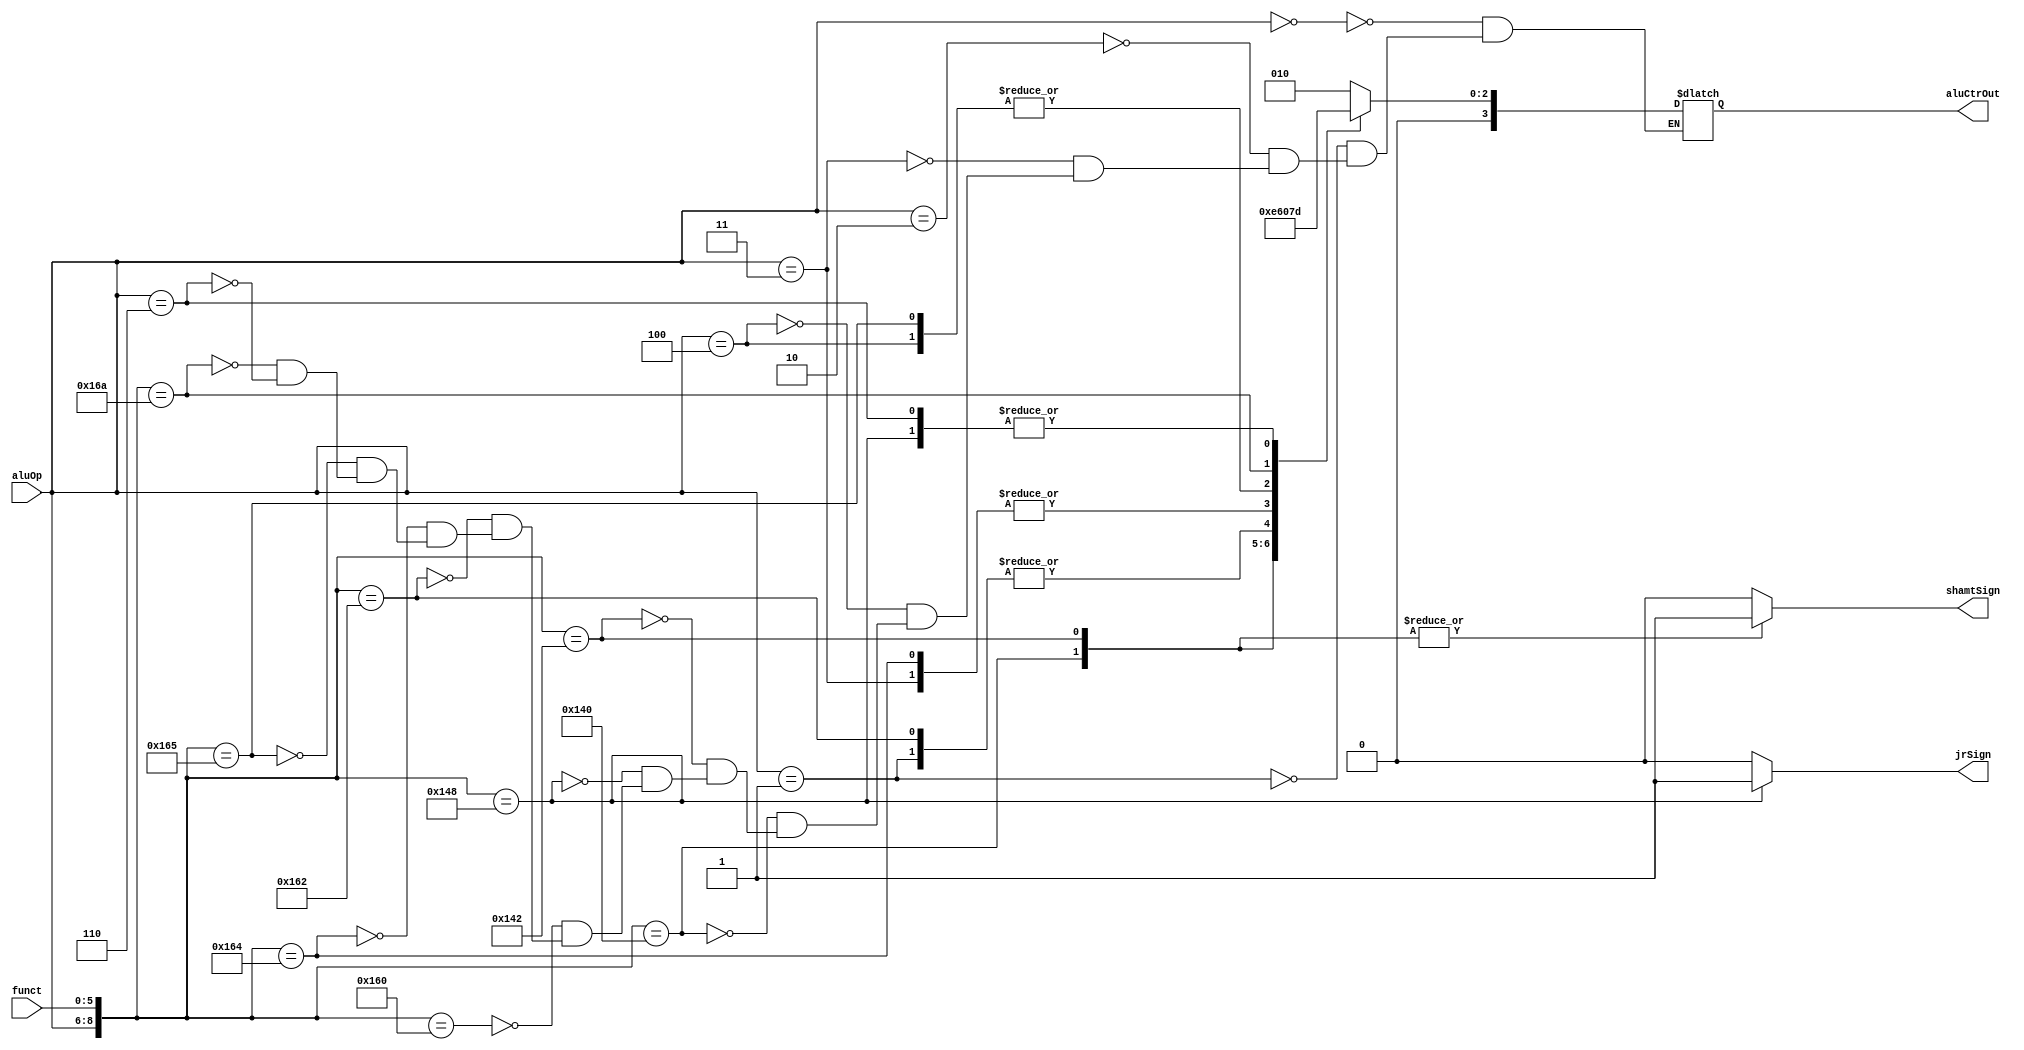
`timescale 1ns / 1ps
//////////////////////////////////////////////////////////////////////////////////
// Company: 
// Engineer: 
// 
// Design Name: 
// Module Name: ALUCtr
// Project Name: 
// Target Devices: 
// Tool Versions: 
// Description: 
// 
// Dependencies: 
// 
// Revision:
// Revision 0.01 - File Created
// Additional Comments:
// 
//////////////////////////////////////////////////////////////////////////////////

module ALUCtr(
    input [2 : 0] aluOp,
    input [5 : 0] funct,
    output [3 : 0] aluCtrOut,
    output shamtSign,
    output jrSign
    );
    
    reg [3 : 0] ALUCtrOut;
    reg ShamtSign;
    reg JrSign;
    
    always @ (aluOp or funct)
    begin
        ShamtSign=0;
        JrSign=0;
        casex ({aluOp, funct})
            9'b000xxxxxx:  // lw or sw: actually add
                ALUCtrOut = 4'b0010;
            9'b001xxxxxx:  // beq: actually sub
                ALUCtrOut = 4'b0110;
            9'b010xxxxxx:  // addi: actually add
                ALUCtrOut = 4'b0010;
            9'b011xxxxxx:  // andi: acutally and
                ALUCtrOut = 4'b0000;
            9'b100xxxxxx:  // ori: acutally or
                ALUCtrOut = 4'b0001;
            9'b101000000:  // sll: actually left-shift
            begin
                ALUCtrOut = 4'b0011;
                ShamtSign = 1;
            end
            9'b101000010:  // srl: actuall right-shift
            begin
                ALUCtrOut = 4'b0100;
                ShamtSign = 1;
            end
            9'b101001000:  // jr: actually not change
            begin
                ALUCtrOut = 4'b0101;
                JrSign=1;
            end
            9'b101100000:  // add: actually add
                ALUCtrOut = 4'b0010;
            9'b101100010:  // sub: actually sub
                ALUCtrOut = 4'b0110;
            9'b101100100:  // and: actually and
                ALUCtrOut = 4'b0000;
            9'b101100101:  // or: actually or
                ALUCtrOut = 4'b0001;
            9'b101101010:  // slt: actually set on less than
                ALUCtrOut = 4'b0111;
            9'b110xxxxxx:  // jump / jal: actually not change
                ALUCtrOut = 4'b0101;
        endcase
    end
    
    assign aluCtrOut = ALUCtrOut;
    assign shamtSign=ShamtSign;
    assign jrSign=JrSign;
    
endmodule